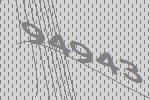
94943